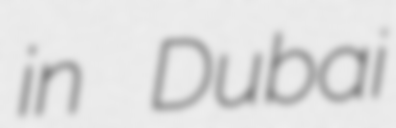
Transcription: in Dubai